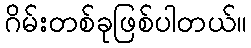
ဂိမ်းတစ်ခုဖြစ်ပါတယ်။